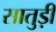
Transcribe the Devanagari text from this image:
सातुड़ी